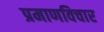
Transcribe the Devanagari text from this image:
प्रमाणविचार